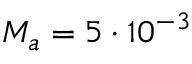
M _ { a } = 5 \cdot 1 0 ^ { - 3 }